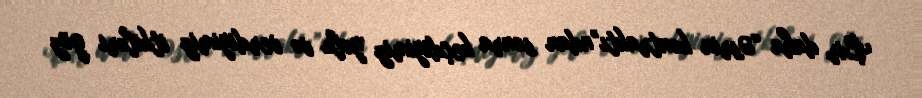
Bir daha “Əsrin kontraktı”ndan sonra keçdiyimiz yolu və verdiyimiz itkiləri göz